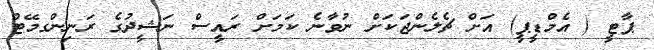
ޕާޓީ ( އެމްޑީޕީ) އަށް ޗެލެންޖަކަށް ނުވާނެ ކަމަށް ރައީސް ނަޝީދުގެ ރަނިންގމޭޓް